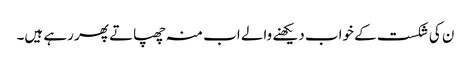
ن کی شکست کے خواب دیکھنے والے اب منہ چھپاتے پھر رہے ہیں۔